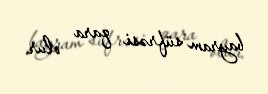
bayram süfrəsi qara olur.